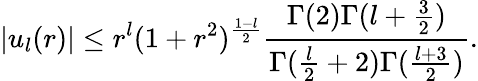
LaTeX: \vert u_{l}(r)\vert\leq r^{l}(1+r^{2})^{{\frac{1-l}{2}}}{\frac{\Gamma(2)\Gamma(l+{\frac{3}{2}})}{\Gamma({\frac{l}{2}}+2)\Gamma({\frac{l+3}{2}})}}.